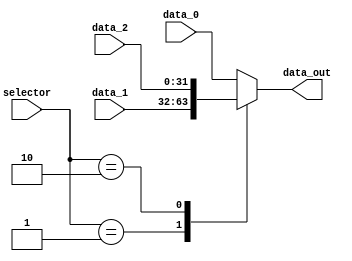
module mux4_3 (
    input wire [2:0] selector,
    input wire [31:0] data_0,
    input wire [31:0] data_1,
    input wire [31:0] data_2,
    output reg [31:0] data_out
);

    always @(selector  or data_0  or data_1  or data_2) begin
        case(selector)
            3'b000: data_out = data_0;
            3'b001: data_out = data_1;
            3'b010: data_out = data_2;
            default: data_out = data_0;   
        endcase 
    end
    
endmodule